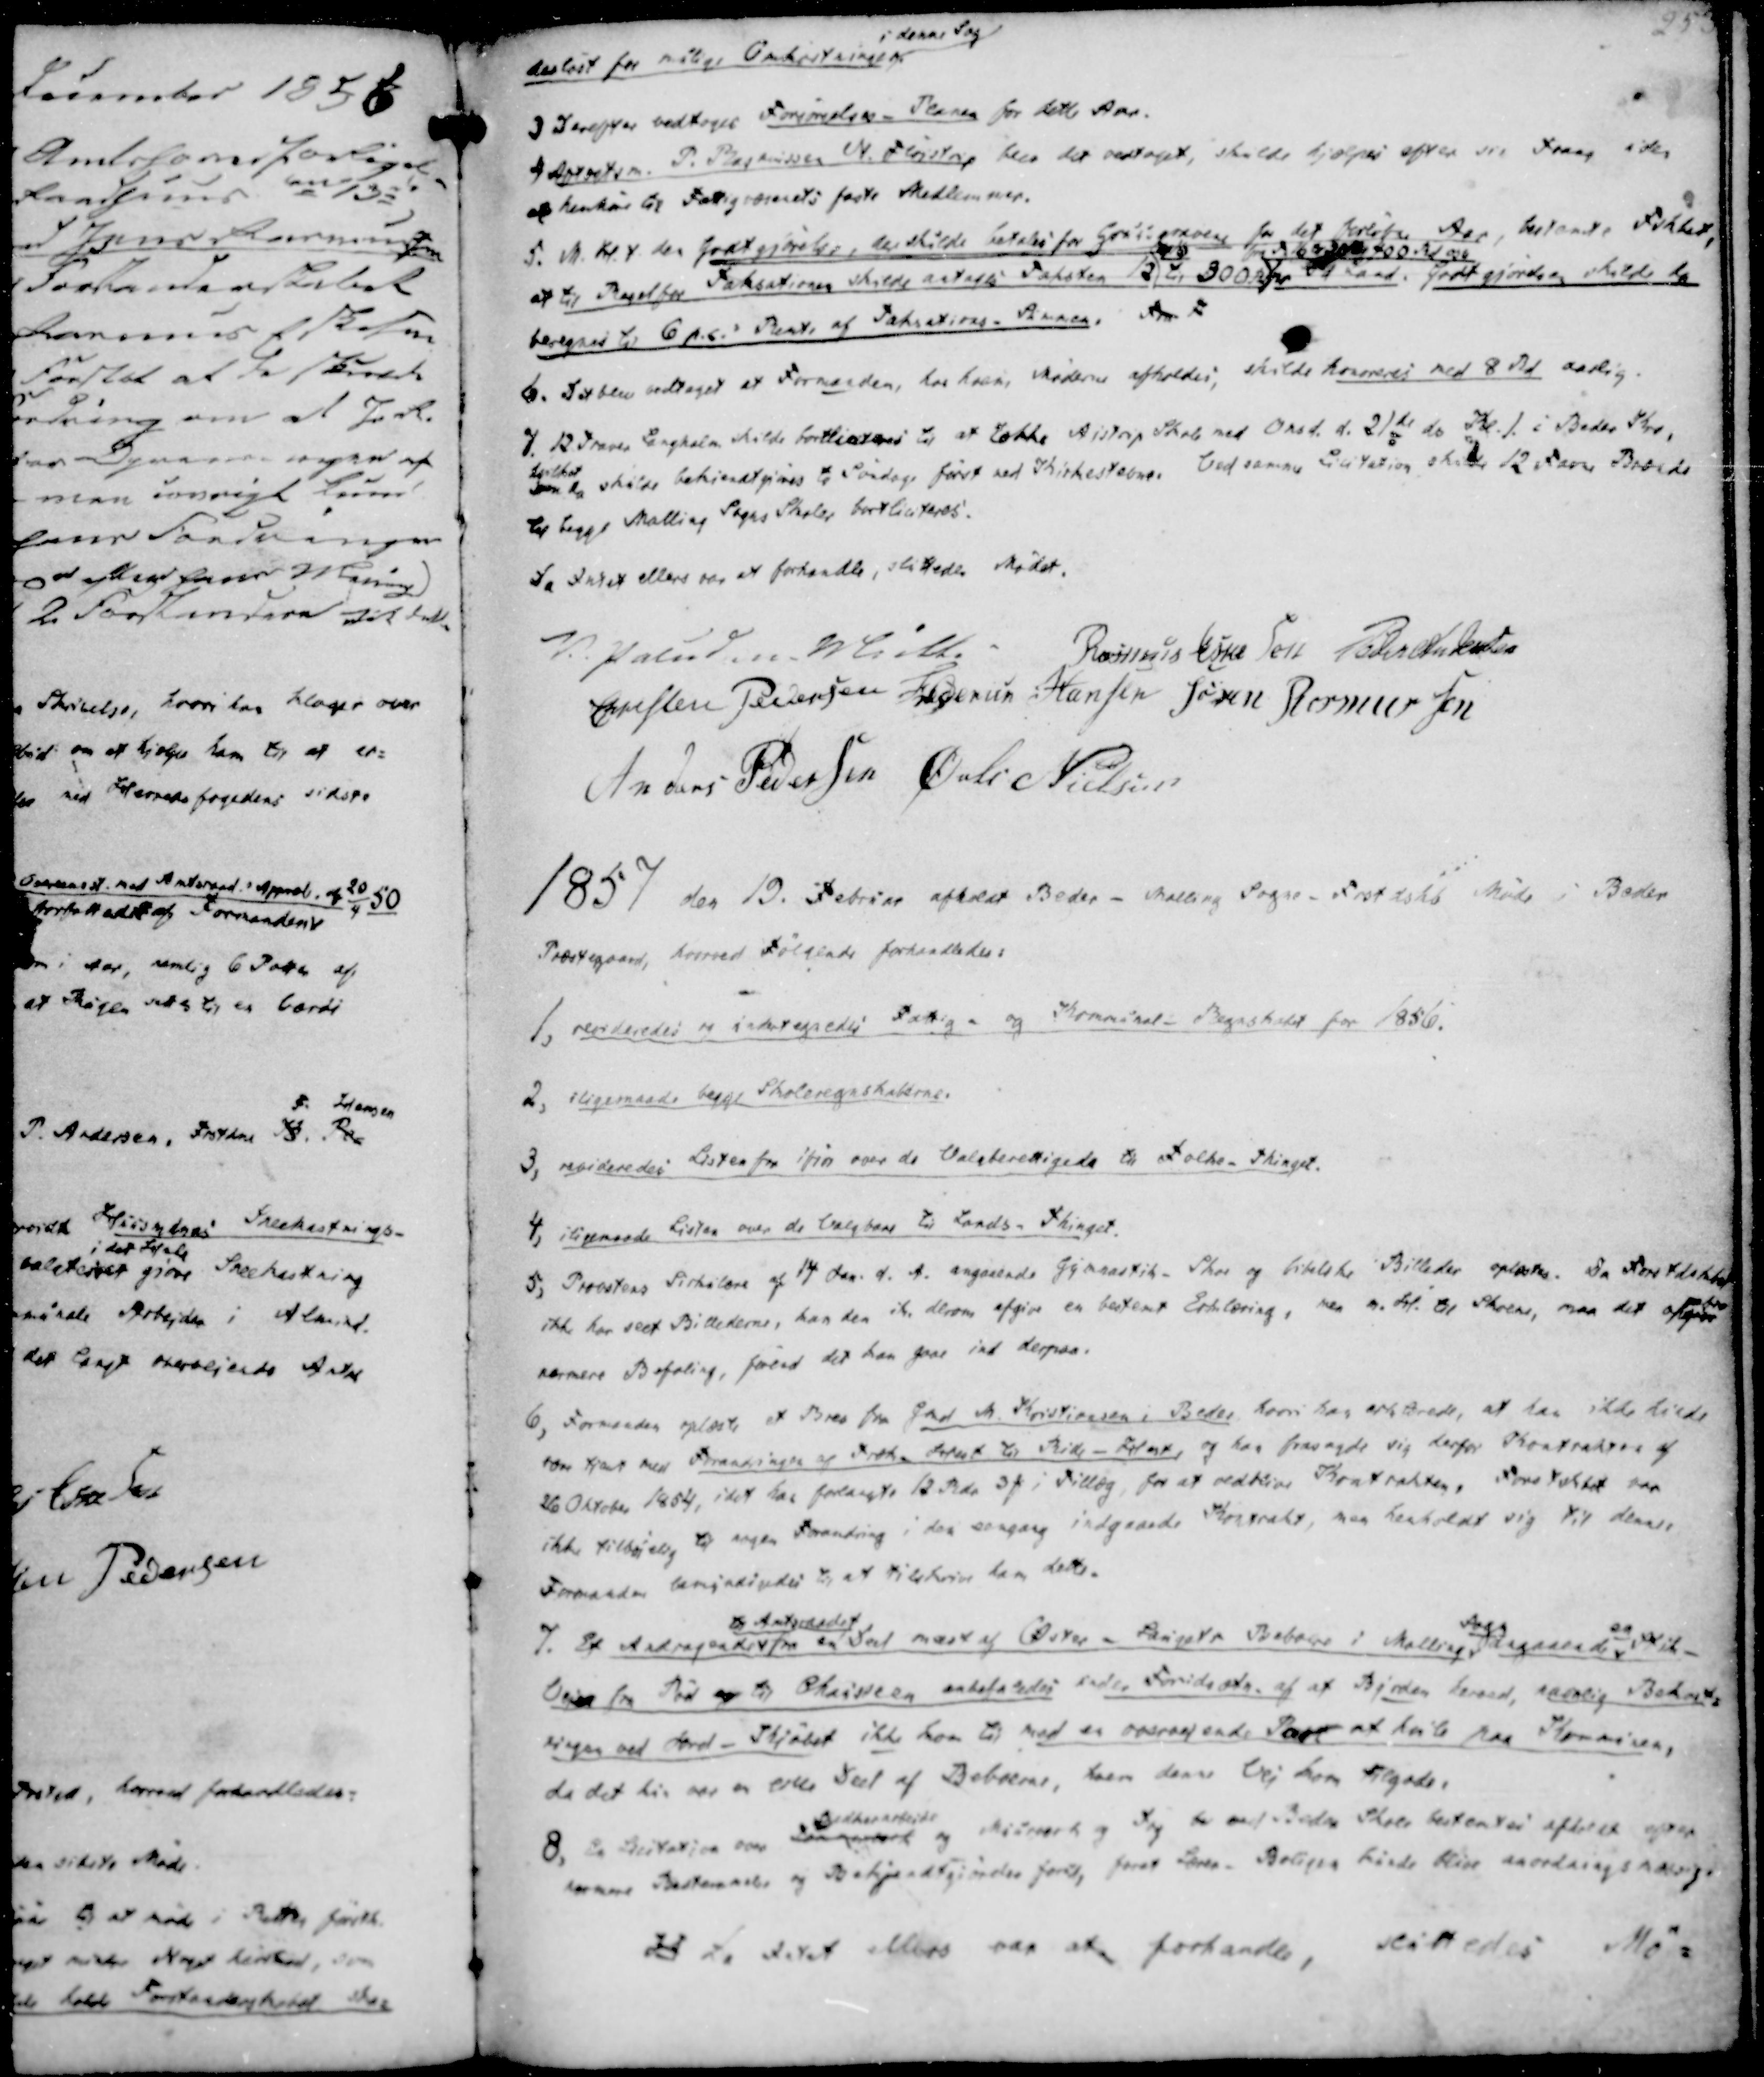
Transskription:
desløst for mulige Omkostninger
i denne Sag

3 Derefter vedtoges Forsøgelses- Planen for dette Aar.
4 Amtretsm. P. Rasmussen N. Fløjstrup blev det vedtaget, skulde hjælpes efter sin Trang uden
at henhøre til Fattigvæsenets faste Medlemmer.
5. M. H. t. den godtgjørelse, der skulde betales for Gruusgravene for det forløbne Aar, bestemte, Fskbet,
at til Regel for Taksationen skulde antages Taksten 12 til 300 Rd
fra Td 16 til 300 400 Rd osv
pr Td Land. Godtgjørelsen skulde da
beregnes til 6 p.s.s Rente af Taksations - Summen. Fra F

6. Det blev vedtaget at Formanden, hos hvem, Møderne afholdes, skulde honoreres med 8 Rd aarlig.
7. 12 Traver Langhalm skulde bortliciteres til at tække Aistrup Skole med Onsd. d. 21de do Kl. 1. i Beder Kro,
hvilket
som da skulde bekiendtgjøres to Søndage først ved Kirkestævne. Ved samme Licitation skulde 12 Favne Brænde
til begge Malling Sogns Skoler bortliciteres.

Da Intet ellers var at forhandle, sluttedes Mødet.
V. Paludan Müller
Rasmus Eskesen
Peder Andersen
Christen Pedersen
Frederik Hansen
Søren Rasmussen
Anders Pedersen
Øvli Nielsen

1857 den 19. Februar afholdt Beder - Malling Sogne - Frstdskb Møde i Beder
Præstegaard, hvorved Følgende forhandledes:

1, revideredes og undertegnedes Fattig - og Kommunal - Regnskabet for 1856.
2, iligemaade begge Skoleregnskaberne.
3, revideredes Listen for ifjor over de Valgberettigede til Folke-Thinget.
4. iligemaade Listen over de Valgbare til Lands-Thinget.

5, Provstens Sirkulære af 14 Jan. d. A. angaaende Gymnastik- Skoe og bibelske Billeder oplæstes. Da Forstdskbet
ikke har seet Billederne, kan den ike derom afgive en bestemt Erklæring, men m. H. til Skoene, maa det afgive
nærmere Befaling, førend det kan gaae ind derpaa.
6, Formanden oplæste et Brev fra Gmd M. Kristiansen i Beder hvori han erklærede, at han ikke kunde
være tjent med Forandringen af Træk-Hest til Ride-Hest, og han frasagde sig derfor Kontrakten af
26 Oktober 1854, idet han forlangte 12 Rdr 3 ₻ i Tillæg, for at vedblive Kontrakten. Forstskbet var
ikke tilbøjelig til nogen Forandring i den eengang indgaaede Kontrakt, men henholdt sig til denne.
Formanden bemyndigdes til at tilskrive ham dette.

7. Et Andragende
til Amtsraadet
fra en Del mast af Øster - Laugets Beboere i Malling
Sogn
angaaende
og
Stik-
Vejen fra Pøel og til Chauseen anbefaledes under Forudsætn. af at Bjorden herved, navnlig Bekost-
ningen ved Jord-Skjøbet ikke kom til med en overvejende Part at hvile paa Kommunen,
da det kun var en lille Deel af Beboere, hvem denne Vej kom tilgode.
8, En Licitation over Tomgarnet
Snedkerarbeide
og Murerarb og tog be ved Beder Skole bestemtes afholdt efter
nærmere Bestemmelse og Bekjendtgiørelse forud, forat Lærer- Boligen kunde blive anordningsmæssig.
H Da Intet ellers var at forhandle,
sluttedes Mø-